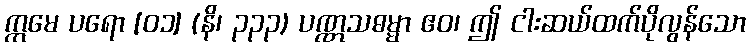
ဣမေ ပရော [၀၁] (နိ၊ ၃၃၃) ပဏ္ဏသဓမ္မာ ဧဝ၊ ဤ ငါးဆယ်ထက်ပိုလွန်သော